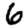
Digit: 6